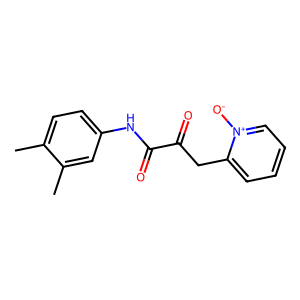
SMILES: Cc1ccc(NC(=O)C(=O)Cc2cccc[n+]2[O-])cc1C
Inhibits HIV replication: No